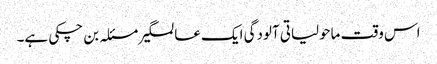
اس وقت ماحولیاتی آلودگی ایک عالمگیر مسئلہ بن چکی ہے۔